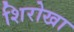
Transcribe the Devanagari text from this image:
शिरोखा